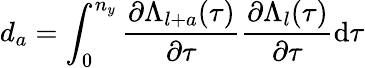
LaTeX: d_{a}=\int_{0}^{n_{y}}\frac{\partial\Lambda_{l+a}(\tau)}{\partial\tau}\frac{\partial\Lambda_{l}(\tau)}{\partial\tau}\mathrm{d}\tau